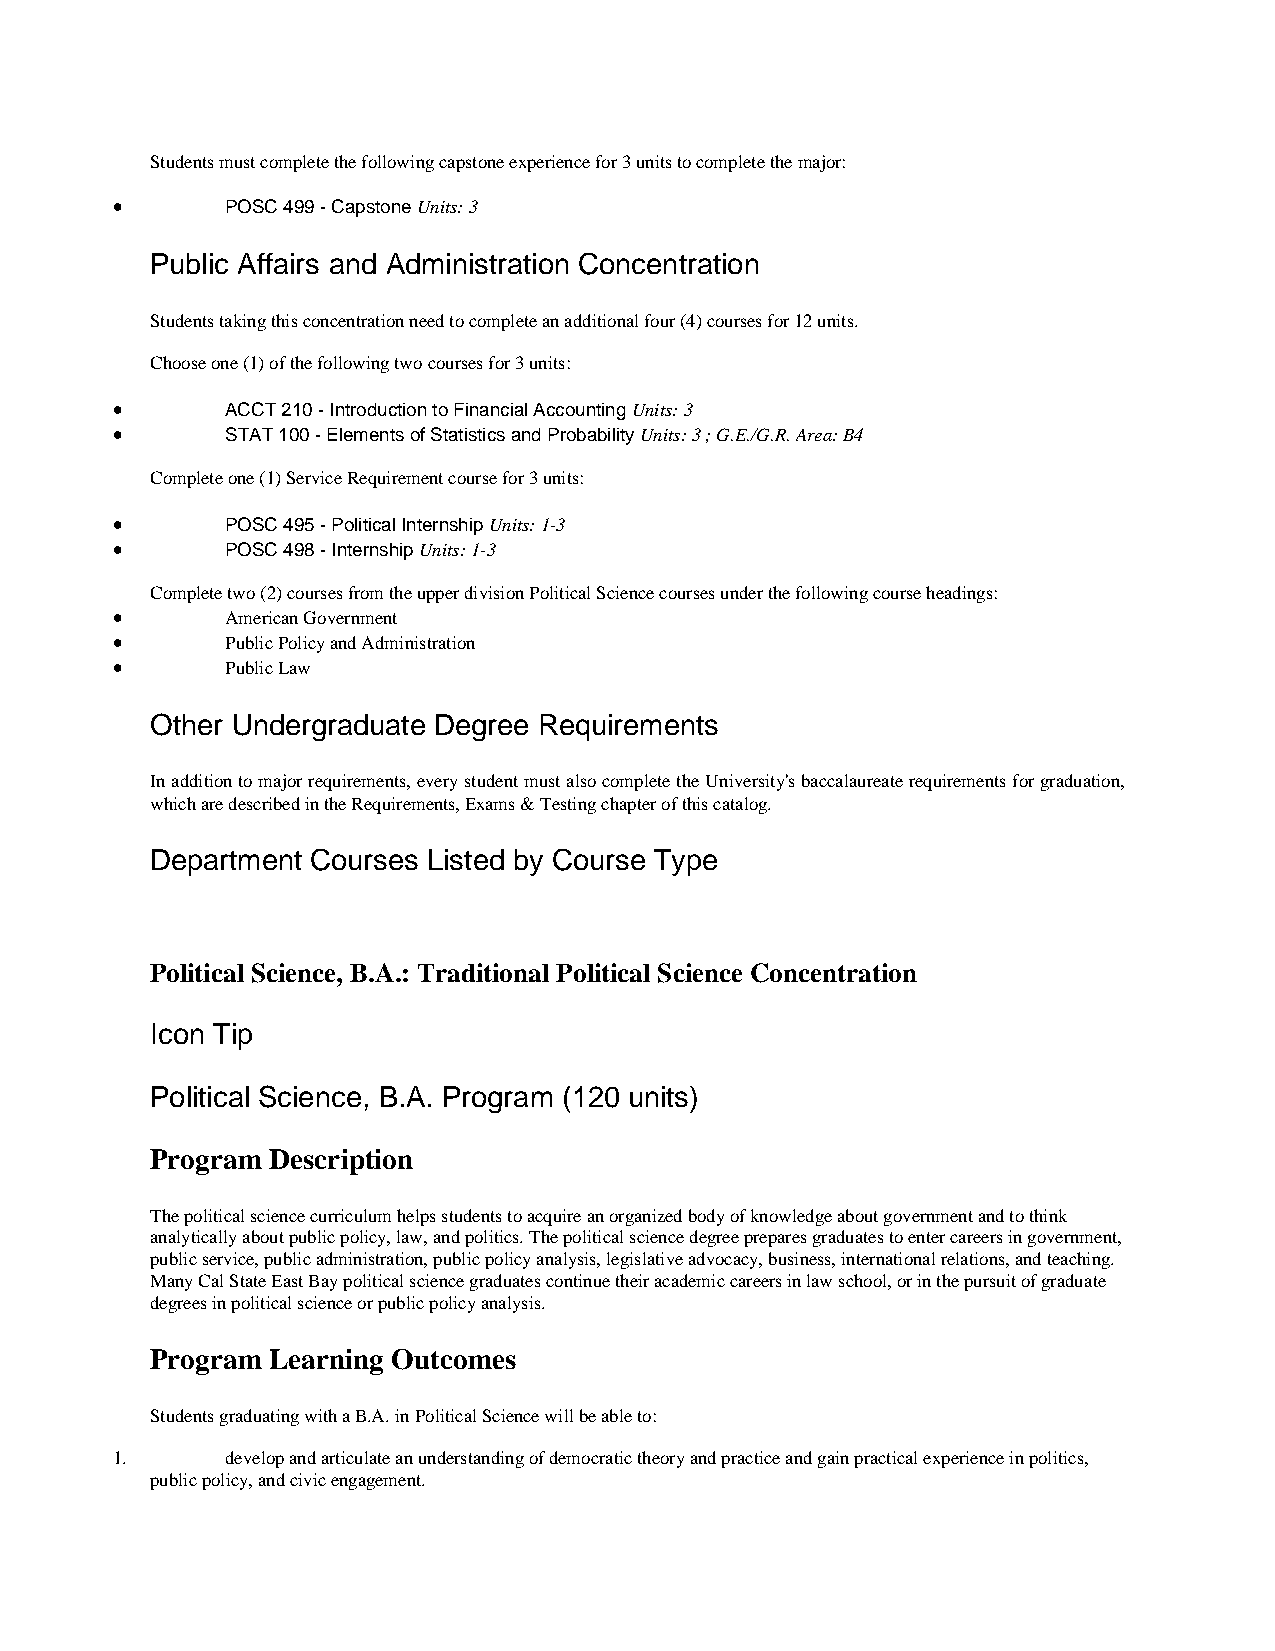
Students must complete the following capstone experience for 3 units to complete the major:
 •       POSC 499 - Capstone Units: 3
 Public Affairs and Administration Concentration
 Students taking this concentration need to complete an additional four (4) courses for 12 units.
 Choose one (1) of the following two courses for 3 units:
 •       ACCT 210 - Introduction to Financial Accounting Units: 3
 •       STAT 100 - Elements of Statistics and Probability Units: 3 ; G.E./G.R. Area: B4
 Complete one (1) Service Requirement course for 3 units:
 •       POSC 495 - Political Internship Units: 1-3
 •       POSC 498 - Internship Units: 1-3
 Complete two (2) courses from the upper division Political Science courses under the following course headings:
 •       American Government
 •       Public Policy and Administration
 •       Public Law
 Other Undergraduate Degree Requirements
 In addition to major requirements, every student must also complete the University's baccalaureate requirements for graduation,
 which are described in the Requirements, Exams & Testing chapter of this catalog.
 Department Courses Listed by Course Type
 Political Science, B.A.: Traditional Political Science Concentration
 Icon Tip
 Political Science, B.A. Program (120 units)
 Program Description
 The political science curriculum helps students to acquire an organized body of knowledge about government and to think
 analytically about public policy, law, and politics. The political science degree prepares graduates to enter careers in government,
 public service, public administration, public policy analysis, legislative advocacy, business, international relations, and teaching.
 Many Cal State East Bay political science graduates continue their academic careers in law school, or in the pursuit of graduate
 degrees in political science or public policy analysis.
 Program Learning Outcomes
 Students graduating with a B.A. in Political Science will be able to:
 1.      develop and articulate an understanding of democratic theory and practice and gain practical experience in politics,
 public policy, and civic engagement.